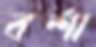
বর্শা